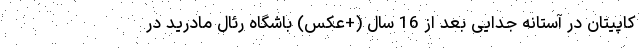
کاپیتان در آستانه جدایی بعد از 16 سال (+عکس) باشگاه رئال مادرید در